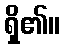
ရှိ၏။